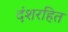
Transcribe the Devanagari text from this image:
दंशरहित